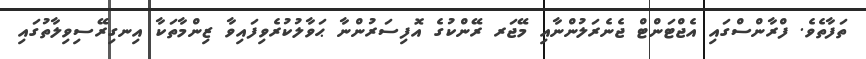
ތަފާތެވެ. ފްރާންސްގައި އެޖްޓަންޓް ޖެނެރަލުންނާއި މޭޖަރ ރޭންކުގެ އޮފިސަރުންނާ ޙަވާލުކުރެވިފައިވާ ޒިންމާތަކާ އިނގިރޭސިވިލާތުގައި